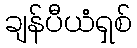
ချန်ပီယံရှစ်